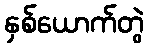
နှစ်ယောက်တွဲ